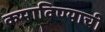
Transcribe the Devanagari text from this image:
कमाविण्याची